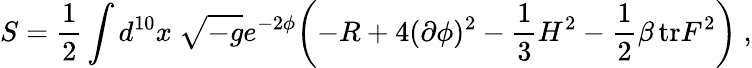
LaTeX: S={\frac{1}{2}}\int d^{10}x\ \sqrt{-g}e^{-2\phi}\biggl(-R+4(\partial\phi)^{2}-{\frac{1}{3}}H^{2}-{\frac{1}{2}}\beta\, \mathrm{tr}F^{2}\biggr)\ ,